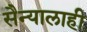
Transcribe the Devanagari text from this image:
सैन्यालाही